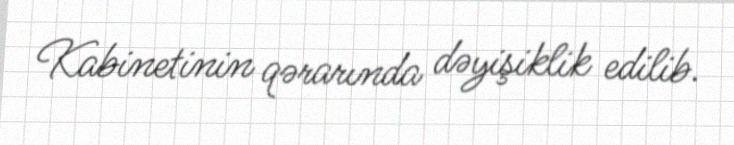
Kabinetinin qərarında dəyişiklik edilib.